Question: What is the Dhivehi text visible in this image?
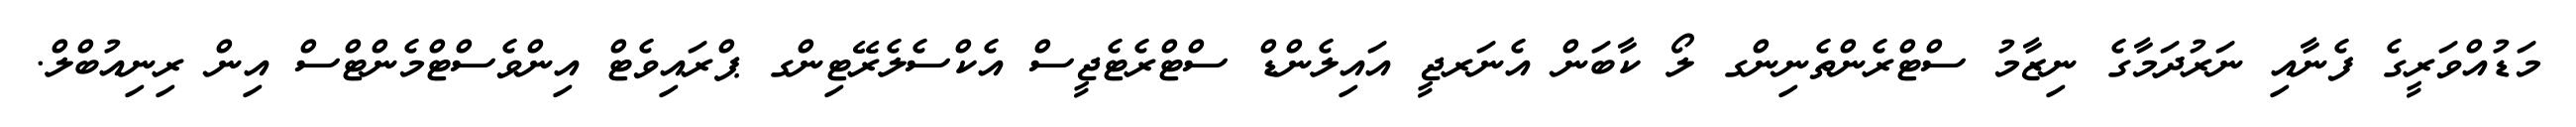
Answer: މަޑުއްވަރީގެ ފެނާއި ނަރުދަމާގެ ނިޒާމު ސްޓްރެންތެނިންގ ލޯ ކާބަން އެނަރޖީ އައިލެންޑް ސްޓްރެޓެޖީސް އެކްސެލެރޭޓިންގ ޕްރައިވެޓް އިންވެސްޓްމެންޓްސް އިން ރިނިއުބްލް.